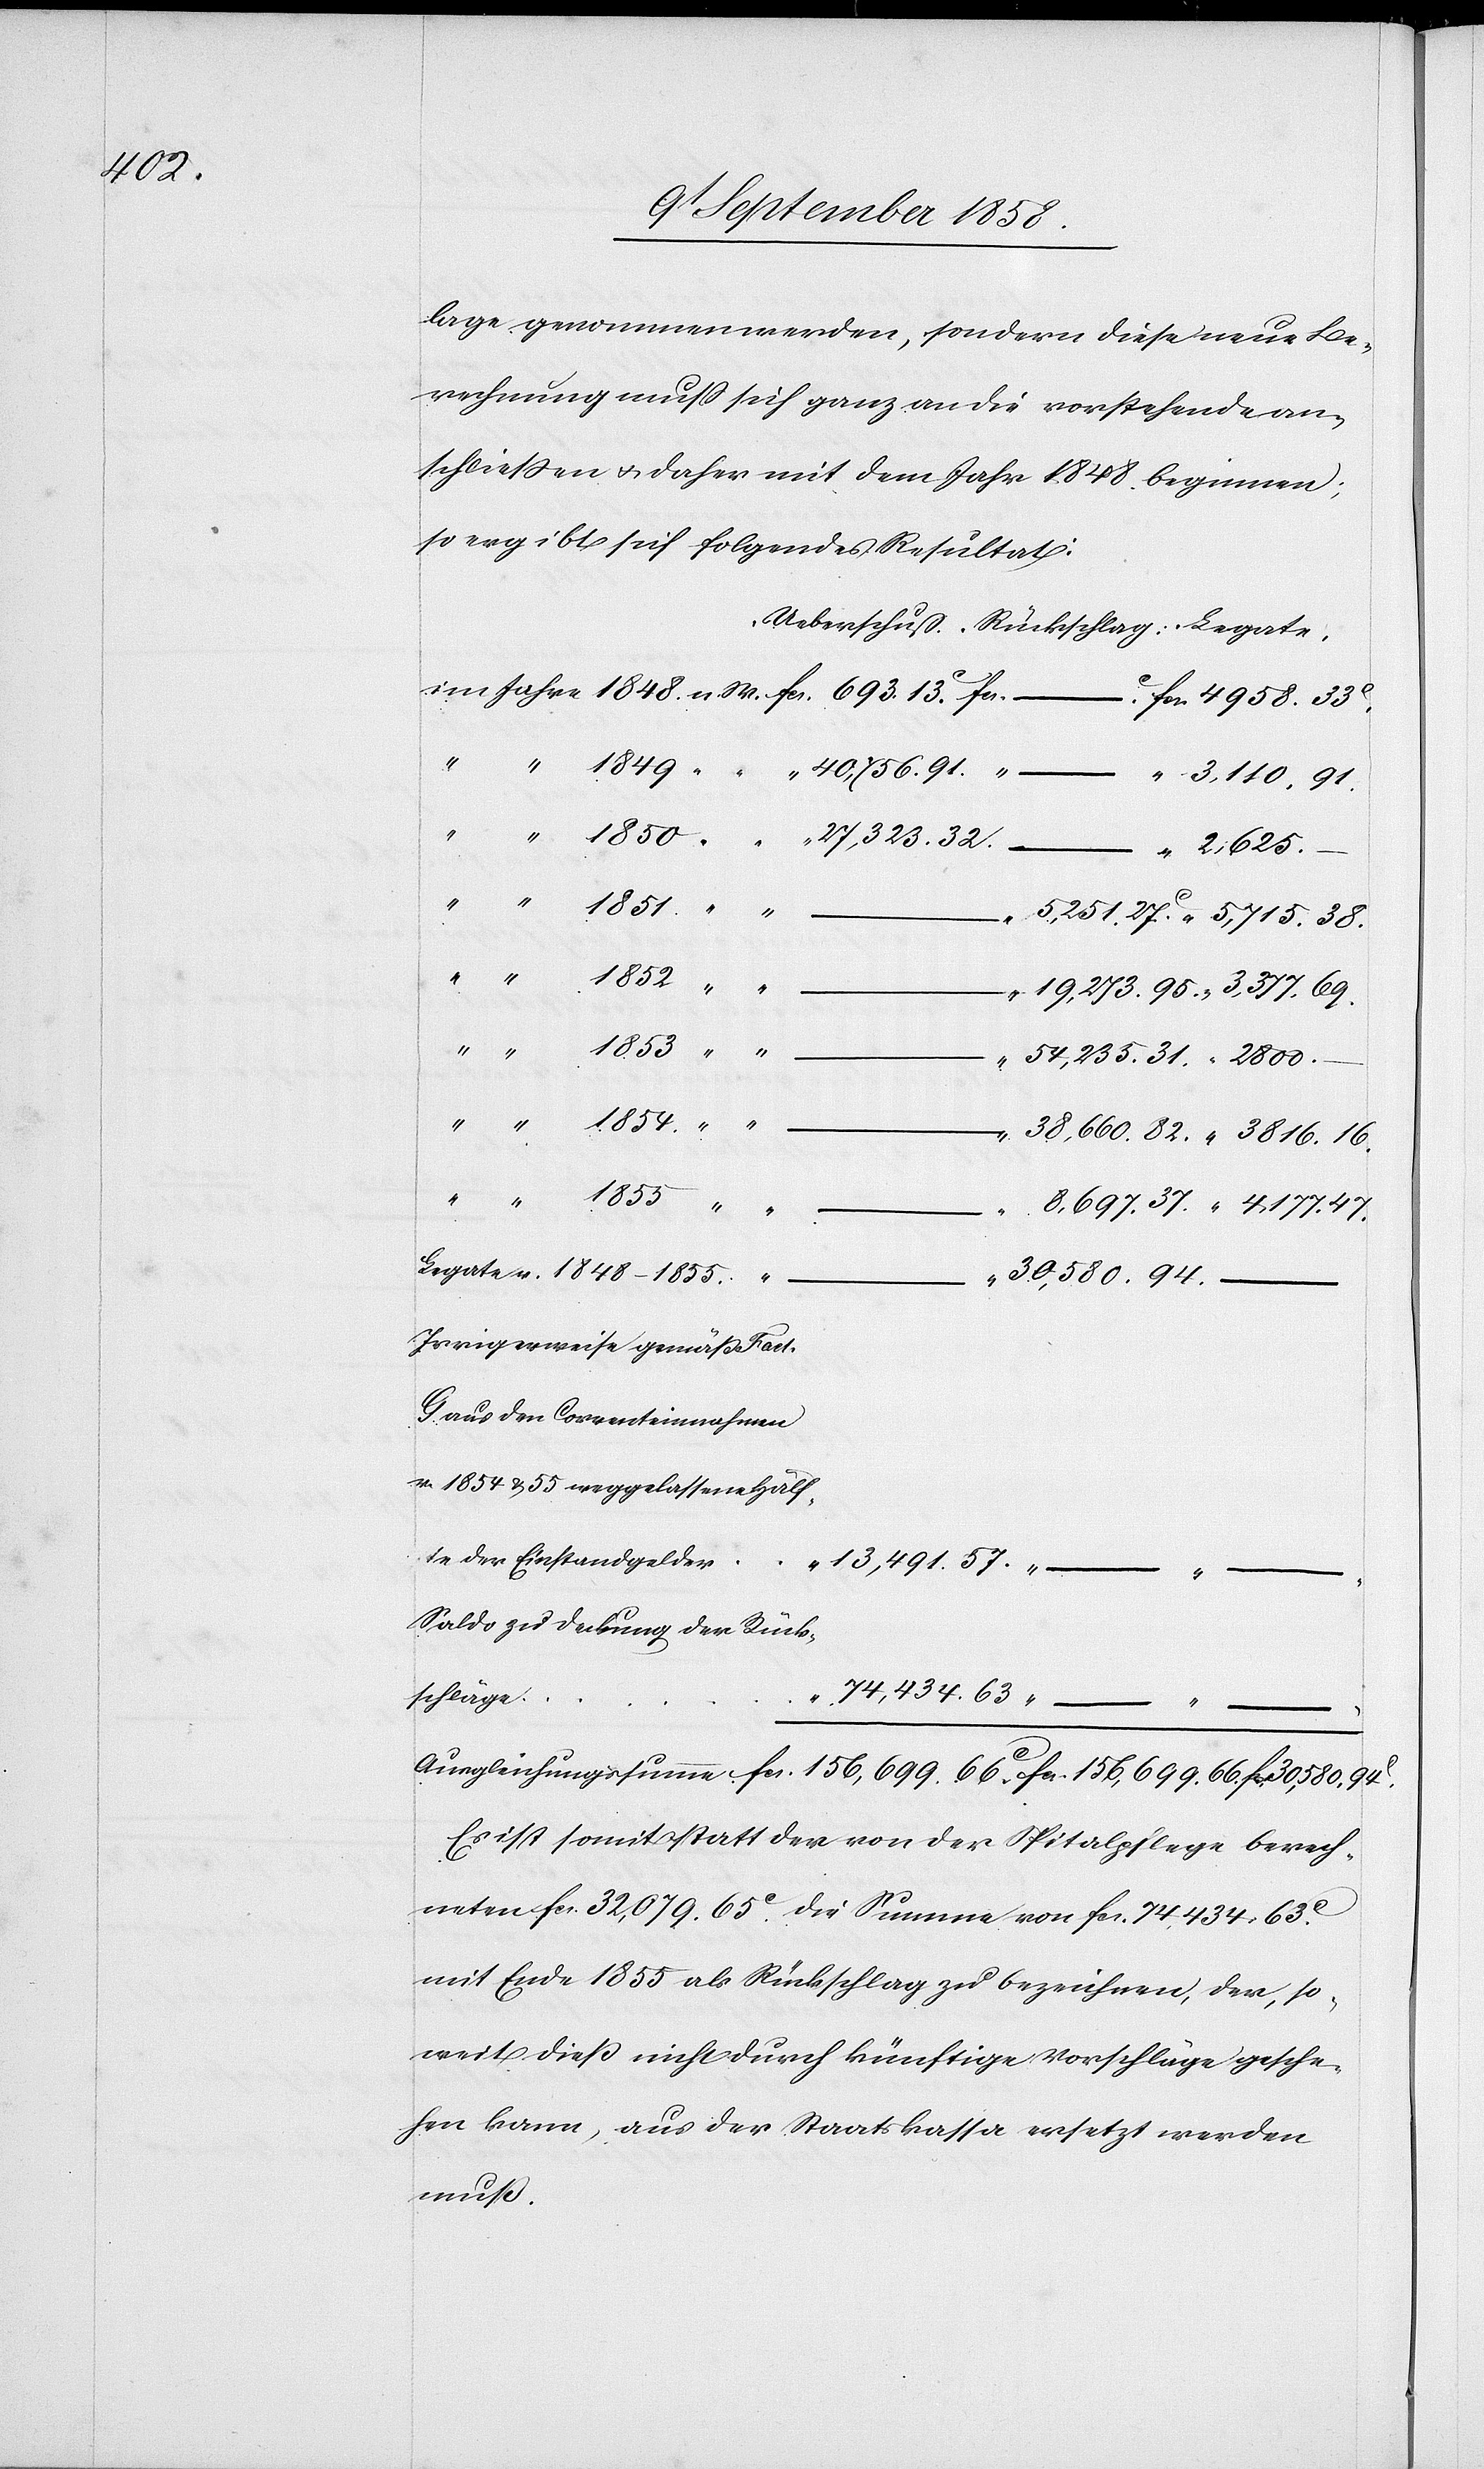
1855

lage genommen werden, sondern diese neue Be¬
rechnung muss sich ganz an die vorstehende an¬
schliessen & daher mit dem Jahr 1848 beginnen;
so ergibt sich folgendes Resultat:
“ 3,110. 91.
–
“ 2,625.
–
hungss¬
54,235. 31.
66.
Legate v. 1848–1855.
umme
30,580. 94c.
Irrigerweise gemäß Fact.
G aus den Correnteinnahmen
v. 1854 & 55 weggelassene Hälf¬
te der Einstandgelder
Saldo zu Deckung der Rück¬
74,434. 63
schläge
“
fcs.
Es ist somit statt der von der Spitalpflege berech¬
neten fcs. 32,079. 65c. die Summe von fcs. 74,434. 63c.
mit Ende 1855 als Rückschlag zu bezeichnen, der, so¬
weit dieß nicht durch künftige Vorschläge gesche¬
hen kann, aus der Staatskassa ersetzt werden
muß.